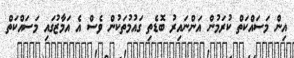
އިން މަސައްކަތް ކުރަމުން އަންނައިރު ބޮޑެތި ގައުމުތަކުން ވެސް އެ އަމާޒުގައި މަސައްކަތް